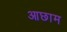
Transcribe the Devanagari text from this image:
आछाम